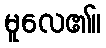
မူလေ၏။